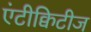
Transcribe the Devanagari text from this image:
एंटीक्विटीज